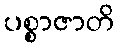
ပစ္စာဇာတိ